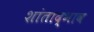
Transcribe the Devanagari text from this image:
शांताद्भाव